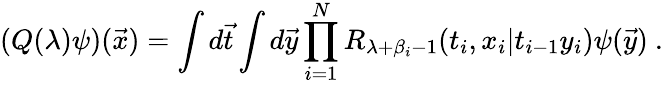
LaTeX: (Q(\lambda)\psi)({\vec{x}})=\int d{\vec{t}}\int d{\vec{y}}\prod_{i=1}^{N}R_{\lambda+\beta_{i}-1}(t_{i},x_{i}|t_{i-1}y_{i})\psi({\vec{y}})~.